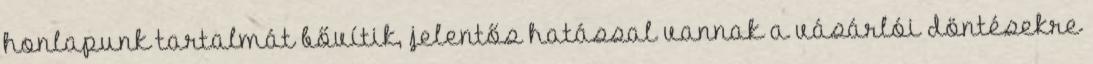
honlapunk tartalmát bővítik, jelentős hatással vannak a vásárlói döntésekre